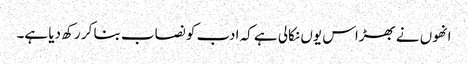
انھوں نے بھڑاس یوں نکالی ہے کہ ادب کو نصاب بنا کر رکھ دیا ہے۔